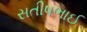
સતીષભાઈ